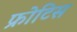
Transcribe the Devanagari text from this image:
फ्रोटिस